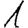
Digit: 1